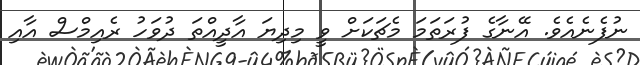
ނުފެނެއެވެ. އޭނާގެ ފުރަތަމަ މެޗަކަށް ވީ މިދިޔަ އާދީއްތަ ދުވަހު ރެއިމްސް އާއި